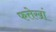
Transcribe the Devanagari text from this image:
फत्तेखां